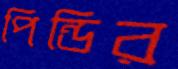
পিন্ডির